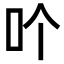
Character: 𠮶